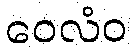
ဝေလံဝ